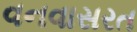
વનવાસરત